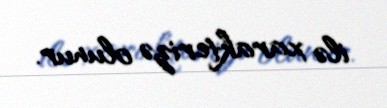
ilə xarakterizə olunur.